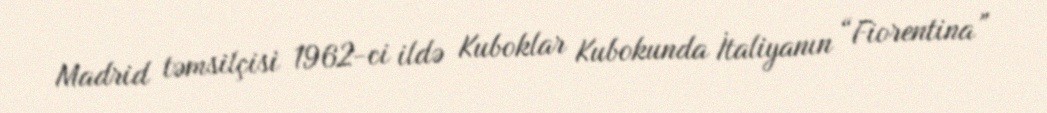
Madrid təmsilçisi 1962-ci ildə Kuboklar Kubokunda İtaliyanın “Fiorentina”